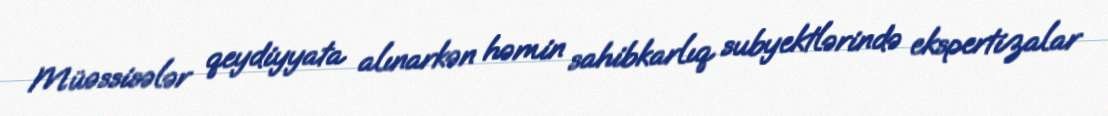
Müəssisələr qeydiyyata alınarkən həmin sahibkarlıq subyektlərində ekspertizalar